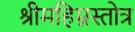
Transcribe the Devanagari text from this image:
श्रीमहिम्नस्तोत्र